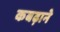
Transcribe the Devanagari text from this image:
कबढ़ाने